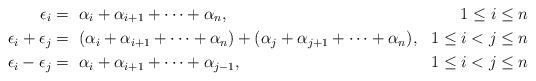
LaTeX: \begin{align*}\epsilon_i & = \ \alpha_i + \alpha_{i+1} + \cdots + \alpha_n, & 1 \leq i \leq n\\\epsilon_i + \epsilon_j & = \ (\alpha_i + \alpha_{i+1} + \cdots + \alpha_n) + (\alpha_j + \alpha_{j+1} + \cdots + \alpha_n), & 1 \leq i < j \leq n\\\epsilon_i - \epsilon_j & = \ \alpha_i + \alpha_{i+1} + \cdots + \alpha_{j-1}, & 1 \leq i < j \leq n\end{align*}